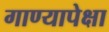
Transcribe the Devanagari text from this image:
गाण्यापेक्षा